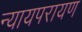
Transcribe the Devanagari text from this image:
न्यायपरायण